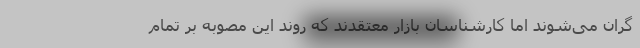
گران می‌شوند اما کارشناسان بازار معتقدند که روند این مصوبه بر تمام